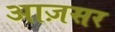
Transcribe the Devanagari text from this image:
आज़सर